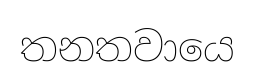
තනතවායෙ